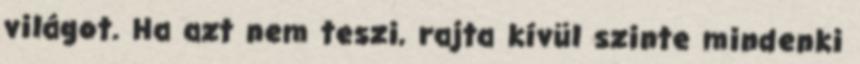
világot. Ha azt nem teszi, rajta kívül szinte mindenki